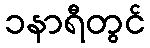
၁နာရီတွင်